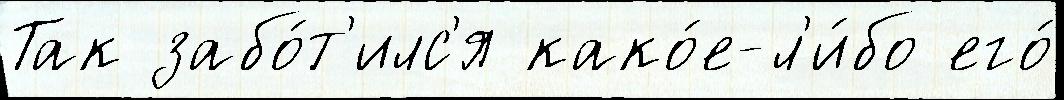
Так забо́т'илс'я како́е-л'и́бо его́